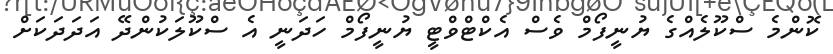
ކޮންމެ ސްކޫލެއްގެ ޔުނީފޯމް ވެސް އެކްޓްވްޓީ ޔުނީފޯމް ހަދަނީ އެ ސްކޫލަކުންދޭ އަދަދަކަށް